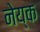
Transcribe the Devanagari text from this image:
नेय्क